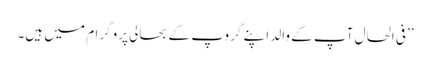
’’فی الحال آپ کے والد اپنے گروپ کے بحالی پروگرام میں ہیں۔